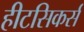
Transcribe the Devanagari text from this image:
हीटसिकर्स